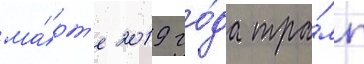
ма́рт'е 2019 го́да тра́мп